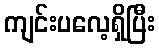
ကျင်းပလေ့ရှိပြီး